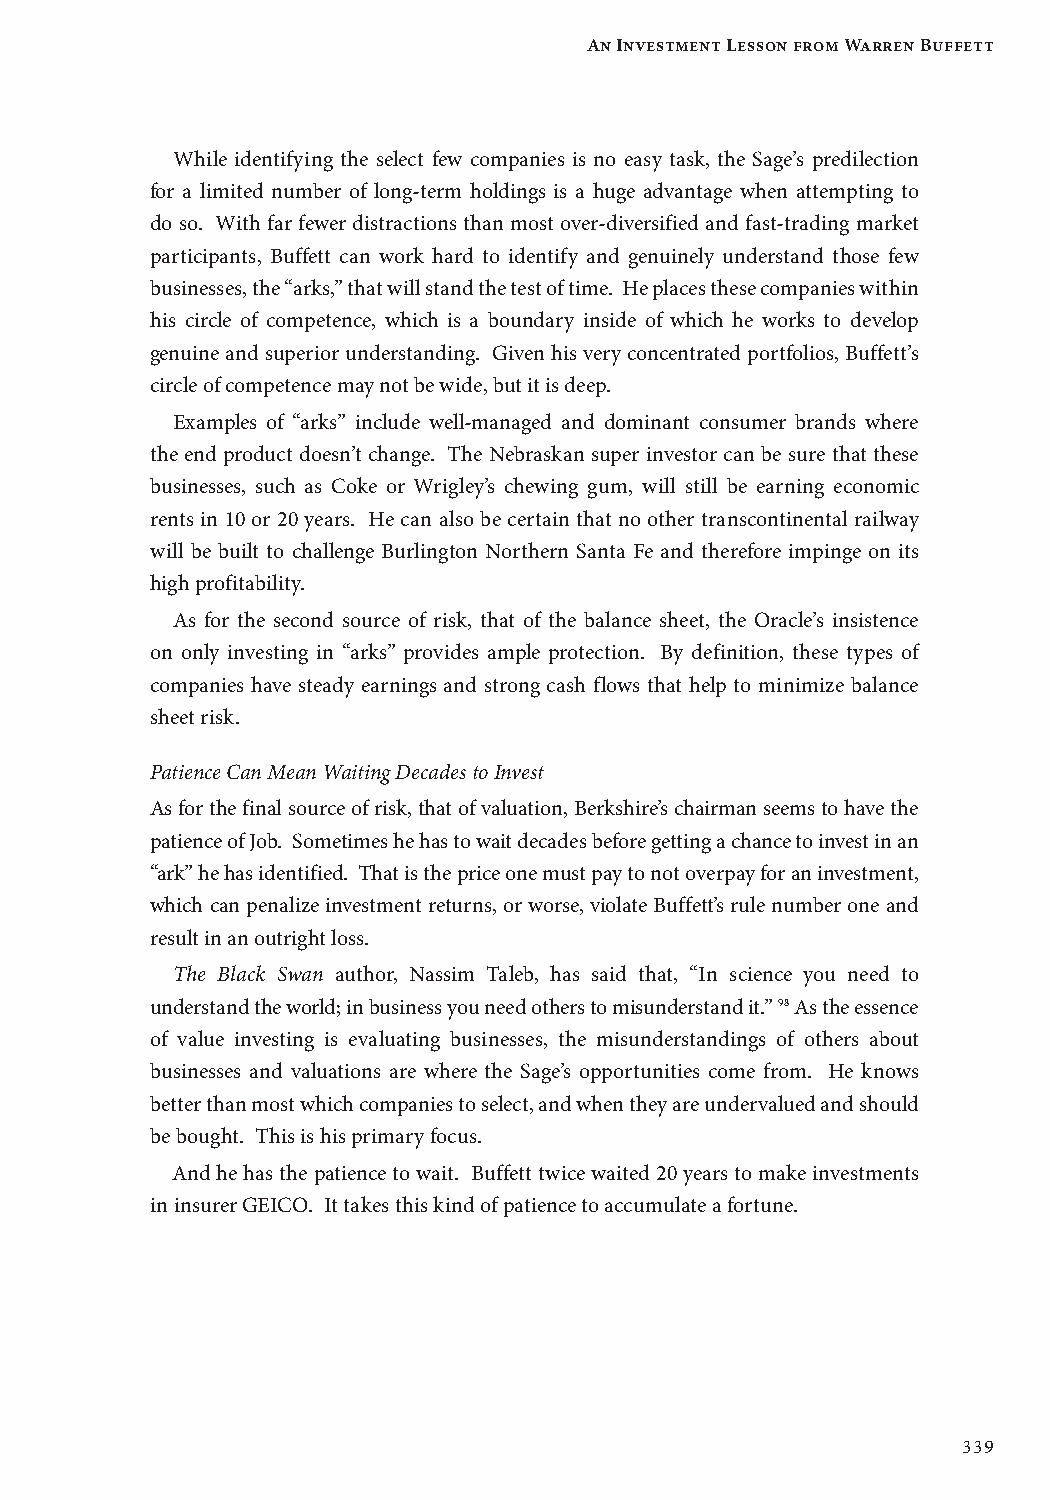
An Investment Lesson from Warren Buffett
 While identifying the select few companies is no easy task, the Sage’s predilection
 for a limited number of long-term holdings is a huge advantage when attempting to
 do so. With far fewer distractions than most over-diversified and fast-trading market
 participants, Buffett can work hard to identify and genuinely understand those few
 businesses, the “arks,” that will stand the test of time. He places these companies within
 his circle of competence, which is a boundary inside of which he works to develop
 genuine and superior understanding. Given his very concentrated portfolios, Buffett’s
 circle of competence may not be wide, but it is deep.
 Examples of “arks” include well-managed and dominant consumer brands where
 the end product doesn’t change. The Nebraskan super investor can be sure that these
 businesses, such as Coke or Wrigley’s chewing gum, will still be earning economic
 rents in 10 or 20 years. He can also be certain that no other transcontinental railway
 will be built to challenge Burlington Northern Santa Fe and therefore impinge on its
 high profitability.
 As for the second source of risk, that of the balance sheet, the Oracle’s insistence
 on only investing in “arks” provides ample protection. By definition, these types of
 companies have steady earnings and strong cash flows that help to minimize balance
 sheet risk.
 Patience Can Mean Waiting Decades to Invest
 As for the final source of risk, that of valuation, Berkshire’s chairman seems to have the
 patience of Job. Sometimes he has to wait decades before getting a chance to invest in an
 “ark” he has identified. That is the price one must pay to not overpay for an investment,
 which can penalize investment returns, or worse, violate Buffett’s rule number one and
 result in an outright loss.
 The Black Swan author, Nassim Taleb, has said that, “In science you need to
 understand the world; in business you need others to misunderstand it.” 98 As the essence
 of value investing is evaluating businesses, the misunderstandings of others about
 businesses and valuations are where the Sage’s opportunities come from. He knows
 better than most which companies to select, and when they are undervalued and should
 be bought. This is his primary focus.
 And he has the patience to wait. Buffett twice waited 20 years to make investments
 in insurer GEICO. It takes this kind of patience to accumulate a fortune.
 339